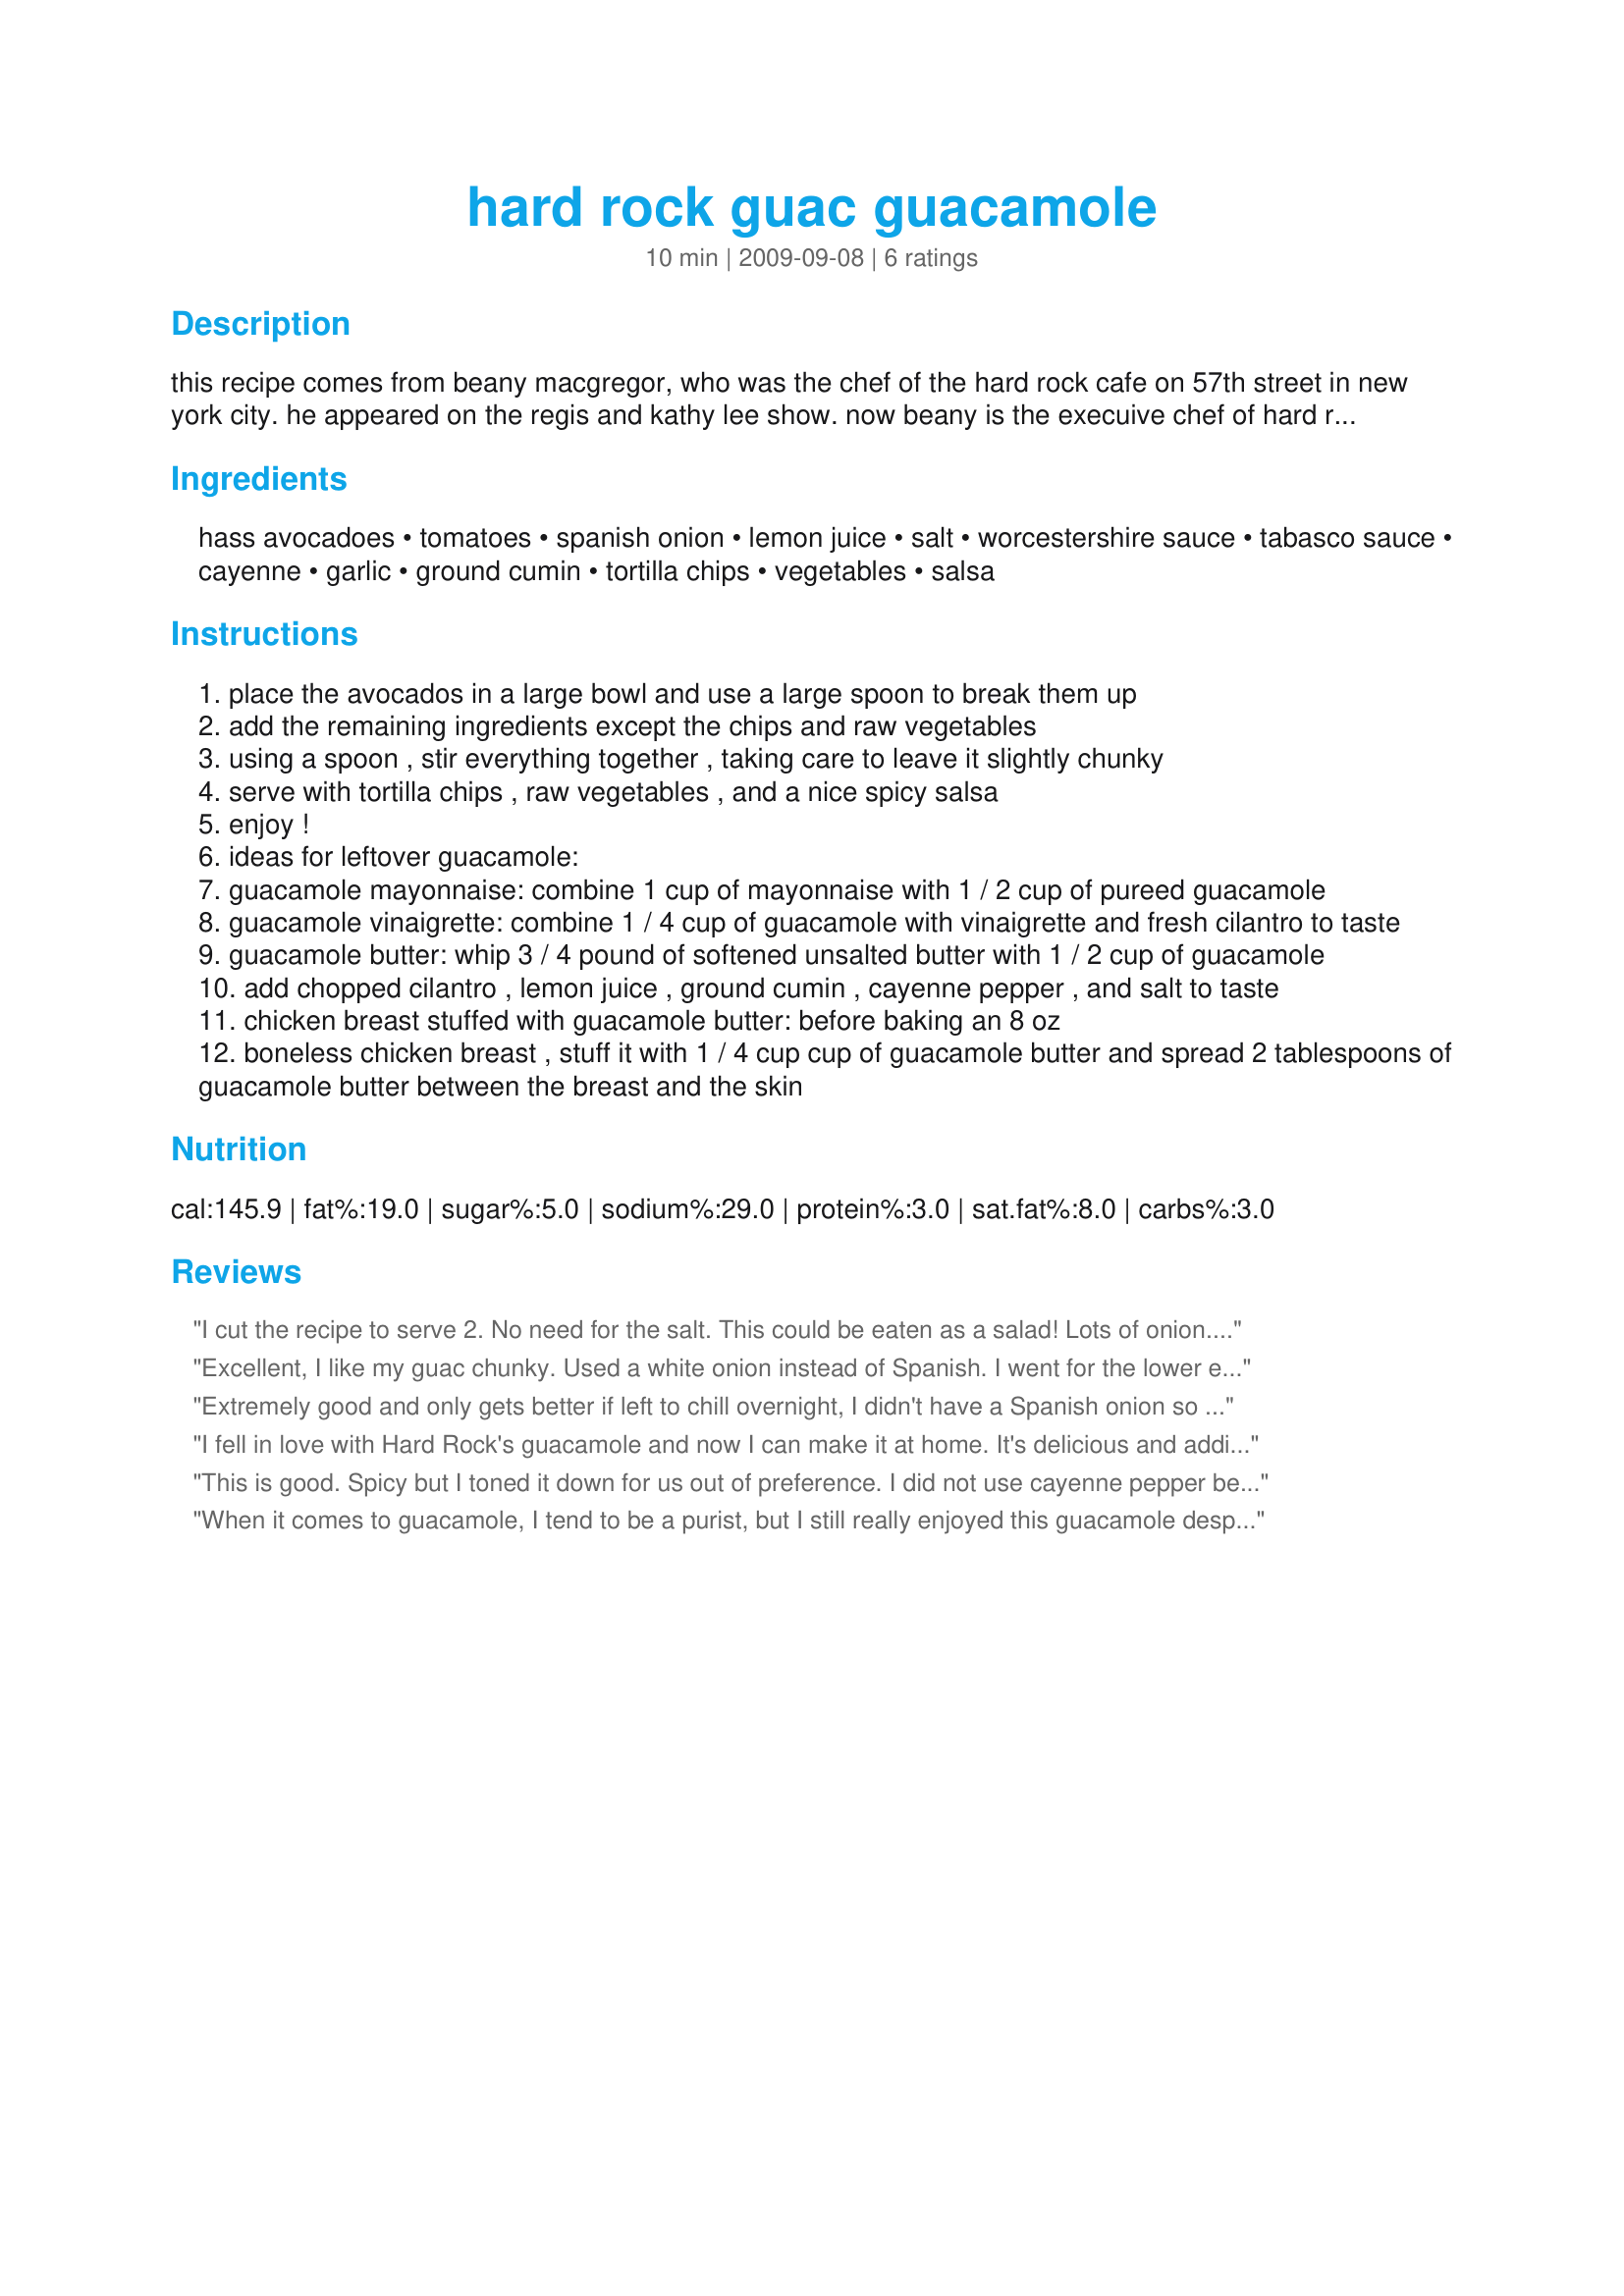
hard rock guac guacamole
Preparation time: 10 minutes

this recipe comes from beany macgregor, who was the chef of the hard rock cafe on 57th street in new york city. he appeared on the regis and kathy lee show. now beany is the execuive chef of hard rock cafe intenational. listed below is some ideas for using leftover guacamole! adapted from cooking with regis and kathy lee cookbook.

Ingredients:
hass avocadoes, tomatoes, spanish onion, lemon juice, salt, worcestershire sauce, tabasco sauce, cayenne, garlic, ground cumin, tortilla chips, vegetables, salsa

Steps:
place the avocados in a large bowl and use a large spoon to break them up
add the remaining ingredients except the chips and raw vegetables
using a spoon , stir everything together , taking care to leave it slightly chunky
serve with tortilla chips , raw vegetables , and a nice spicy salsa
enjoy !
ideas for leftover guacamole:
guacamole mayonnaise: combine 1 cup of mayonnaise with 1 / 2 cup of pureed guacamole
guacamole vinaigrette: combine 1 / 4 cup of guacamole with vinaigrette and fresh cilantro to taste
guacamole butter: whip 3 / 4 pound of softened unsalted butter with 1 / 2 cup of guacamole
add chopped cilantro , lemon juice , ground cumin , cayenne pepper , and salt to taste
chicken breast stuffed with guacamole butter: before baking an 8 oz
boneless chicken breast , stuff it with 1 / 4 cup cup of guacamole butter and spread 2 tablespoons of guacamole butter between the breast and the skin

Reviews:
I cut the recipe to serve 2. No need for the salt. This could be eaten as a salad! Lots of onion. I did opt for the lime and cilantro would have brought this over the top! I did use chipotle tabasco sauce for smokiness. Thanks
Excellent, I like my guac chunky. Used a white onion instead of Spanish. I went for the lower end of the heat and added only half the salt (probably could have used less). Used chipotle Tobasco instead of regular, just an all round nicer flavor. Used lime instead of lemon. I also added fresh cilantro stalks, chopped up. Letting the rest of it chill for later use. Made for Veg/n Swap January 2011 (so subbed soy sauce for the Worchestershire).
Extremely good and only gets better if left to chill overnight, I didn't have a Spanish onion so I had to use a regular onion and I increased the fresh garlic amount, this is a recipe I will be making again, thanks for posting Sharon! this was made for KK's Green forum event...forgot to add I made the mayonnaise
I fell in love with Hard Rock's guacamole and now I can make it at home. It's delicious and addictive.
This is good. Spicy but I toned it down for us out of preference. I did not use cayenne pepper because I feel allergic to it as well and used Tabasco sauce to taste. I did not add Worcestershire sauce. Used sea salt, sweet onions, not sure what type of avocado, & garlic salt but would do the real deal if I make this again. I served it with rice crackers for a light lunch. Made for Cook-a-thon for Sharon123 in KK's forum.
When it comes to guacamole, I tend to be a purist, but I still really enjoyed this guacamole despite all the "extra" ingredients. I allowed this to chill several hours so all those flavors could meld. The creamy avocado still was the star of the dip, and all the other stuff added bonus flavors and textures. This is a great recipe for a party. Thanx for sharing!
